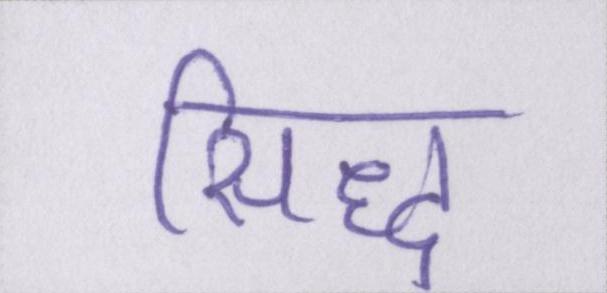
सिद्ध